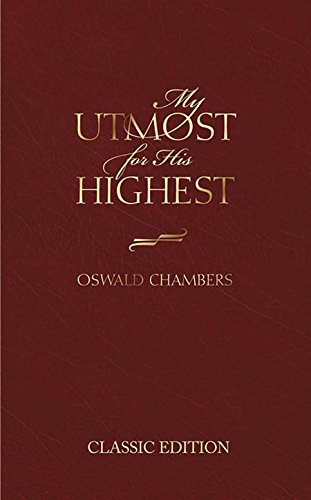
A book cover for My Utmost for His Highest (Classic Edition); Oswald Chambers; Christian Books & Bibles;